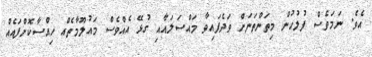
އެވެ. ނަމަވެސް ފުލުހުން މިތަންތަނަށް ވަދެފައިވާ މައްސަލައާއި ގުޅޭ އެއްވެސް މައުލޫމާތެއް ހިއްސާކޮށްފައެއް